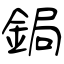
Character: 鋦